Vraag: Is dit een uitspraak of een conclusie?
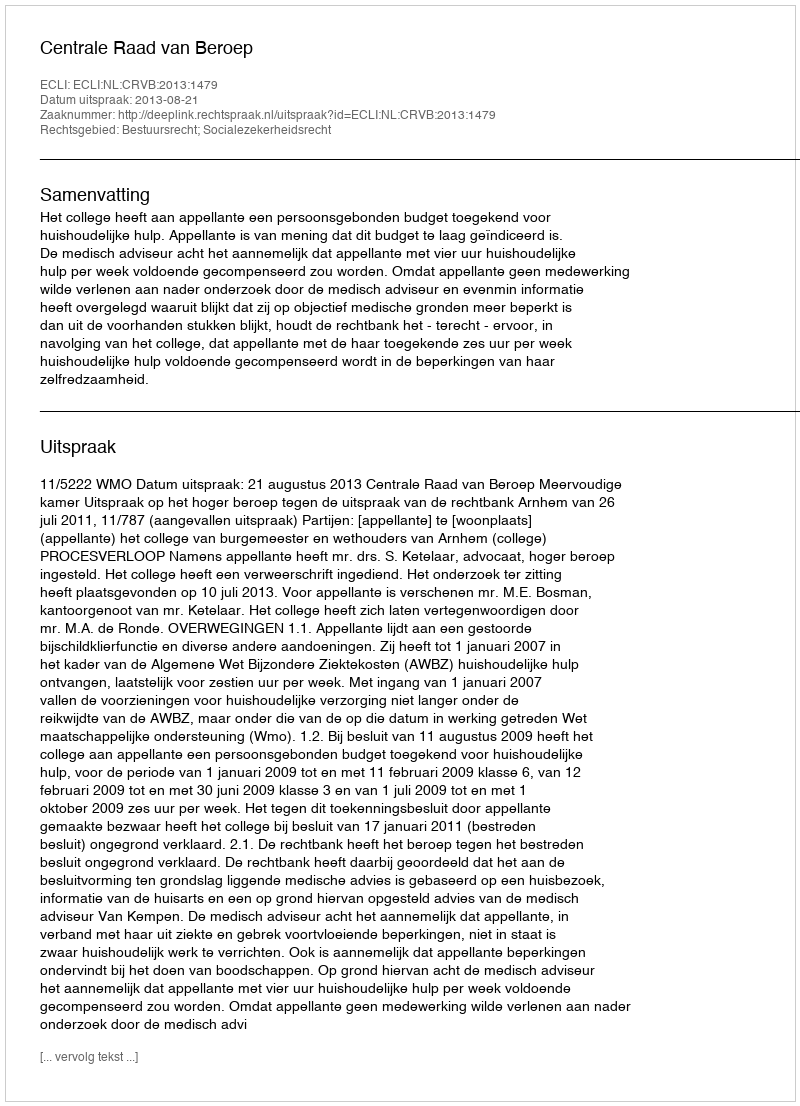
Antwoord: Uitspraak